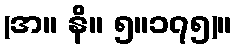
(အ။ နိ။ ၅။၁၇၅)။